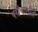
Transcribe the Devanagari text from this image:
परीचालीत